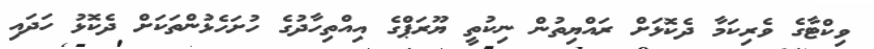
ވިކްޓާގެ ވެރިކަމާ ދެކޮޅަށް ރައްޔިތުން ނިކުތީ ޔޫރަޕްގެ އިއްތިހާދުގެ ހުށަހެޅުންތަކަށް ދެކޮޅު ހަދައި